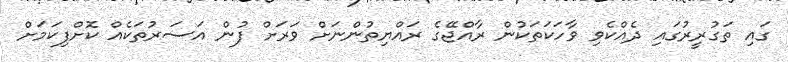
ގައި ތަގުރީރުގައި ދެއްކެވި ވާހަކަތަކުން ރާއްޖޭގެ ރައްޔިތުންނަށް ވަރަށް ފުން އަސަރުތަކެއް ކޮށްފިކަމަށް